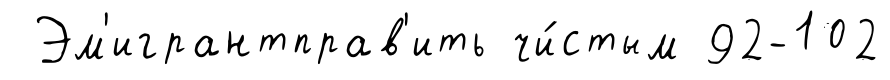
Эм'игрантправ'ить чи́стым 92-102